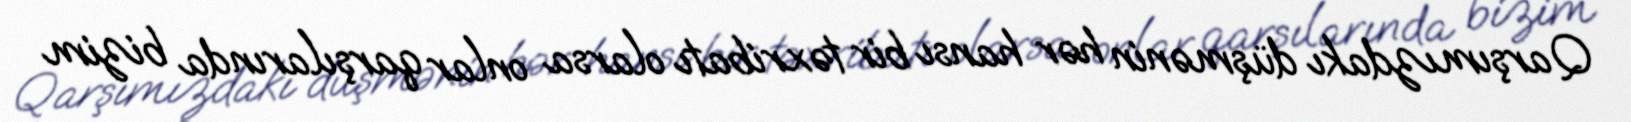
Qarşımızdakı düşmənin hər hansı bir təxribatı olarsa onlar qarşılarında bizim